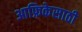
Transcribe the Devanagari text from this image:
आफ्रिकेसाठी